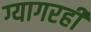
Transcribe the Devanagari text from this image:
ग्यागरहीं